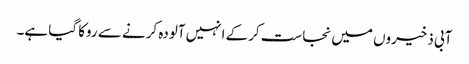
آبی ذخیروں میں نجاست کرکے انہیں آلودہ کرنے سے روکا گیا ہے۔